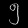
Digit: ၅